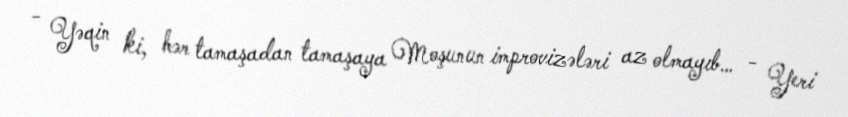
- Yəqin ki, hər tamaşadan tamaşaya Moşunun improvizələri az olmayıb… - Yeri